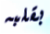
بقلبه